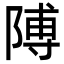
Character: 𮥕